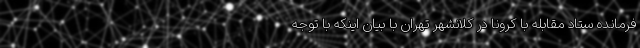
فرمانده ستاد مقابله با کرونا در کلانشهر تهران با بیان اینکه با توجه